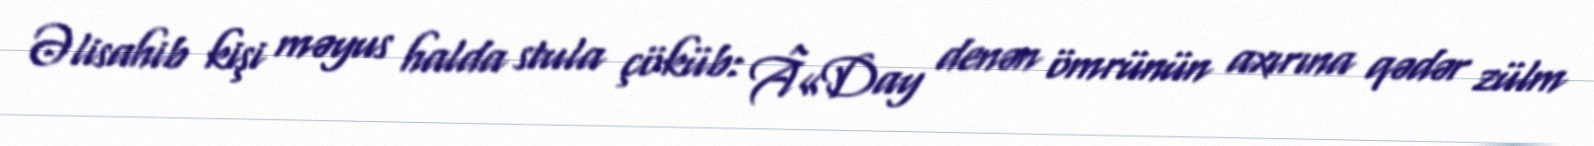
Əlisahib kişi məyus halda stula çöküb: Â«Day denən ömrünün axırına qədər zülm